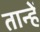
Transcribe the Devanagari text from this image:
तान्हें